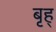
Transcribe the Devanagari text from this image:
बृह्